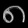
Digit: ၈